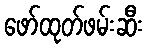
ဖော်ထုတ်ဖမ်းဆီး